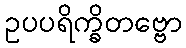
ဥပပရိက္ခိတဗ္ဗော